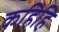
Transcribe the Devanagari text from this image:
कहिहि